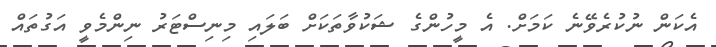
އެކަން ނުކުރެވޭނެ ކަމަށް. އެ މީހުންގެ ޝަކުވާތަކަށް ބަލައި މިނިސްޓަރު ނިންމެވީ އަގުތައް